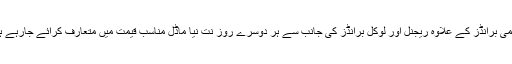
عالمی برانڈز کے علاوہ ریجنل اور لوکل برانڈز کی جانب سے ہر دوسرے روز نت نیا ماڈل مناسب قیمت میں متعارف کرائے جارہے ہیں۔